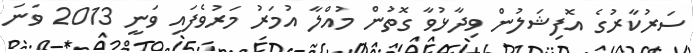
ސަރުކާރުގެ އޮފިޝަލުން ވިދާޅުވާ ގޮތުން މުއްލާ އުމަރު މަރުވެފައި ވަނީ 2013 ވަނަ